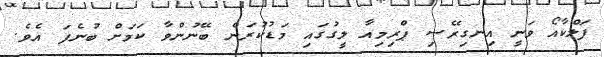
ފަލްކާއޯ ވަނީ އިނގިރޭސި ޕްރިމިއާ ލީގުގައި މަޑުކުރަން ބޭނުންވާ ކަމަށް ބުނެފަ އެވެ.